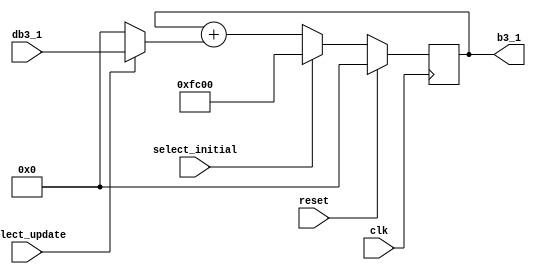
// This program was cloned from: https://github.com/weenslab/fpga101
// License: MIT License

`timescale 1ns / 1ps
//////////////////////////////////////////////////////////////////////////////////
// Company: Kyushu Institute of Technology
// 
// Design Name:    Neural Network (using backpropagation)
// Module Name:    b3_1 
// Project Name:   LSI Design Contest in Okinawa 2018
// Target Devices: 
// Tool versions: 
//
// Description: 
//		Calculation of b3_1, when the select initial signal is active, 
// 	    the output will be the initial value of b3_1, and when the select update 
//		signal is active, the output will be the new value of b3_1
//	Input: 
//		clk	    : 1 bit
//		reset	: 1 bit : high active
//		db3_1	: 16 bits 00_0000.0000_0000_00 signed	 : delta bias3_1
//		select_initial	: 1 bit	: high active
//		select_update	: 1 bit	: high active
//	Output:
//		b3_1	: 16 bits 00_0000.0000_0000_00 signed : bias3_1
// Dependencies: 
//
// Revision: 
// Revision 0.01 - File Created
// Additional Comments: 
//
//////////////////////////////////////////////////////////////////////////////////
module b3_1(clk, reset, db3_1, select_initial, select_update, b3_1);
	
	input clk, reset;
	input select_initial, select_update;
	input signed [15:0] db3_1;
	output signed [15:0] b3_1;
	
	reg signed [15:0] zero = 16'b0;
	reg signed [15:0] b3_1;
	reg signed [15:0] init_b3_1 = 16'b11_1111_0000_0000_00;    //initial b3_1 = -1
	reg signed [15:0] net1, net2;
	
	always @(posedge clk)
		begin
			if(reset==1)
				begin
					net1=0;
					net2=0;
					b3_1=0;
				end
			else
				begin
					net1 = select_update? db3_1 : zero;
					net2 = b3_1 + net1;
					b3_1 = select_initial? init_b3_1 : net2;
				end
		end

endmodule